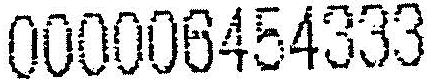
000006454333